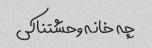
چه خانه وحشتناکی